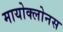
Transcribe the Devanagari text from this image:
मायोक्लोनस